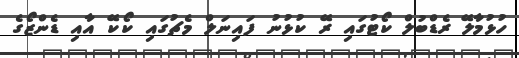
ހުޅުމާލޭ ރެޑްބުލް ކޯޓުގައި ރޭ ކުޅުނު ފައިނަލް މެޗުގައި ކޯކޭ އާއި ޑެންޒޯގެ